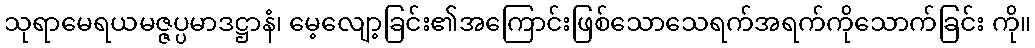
သုရာမေရယမဇ္ဇပ္ပမာဒဋ္ဌာနံ၊ မေ့လျော့ခြင်း၏အကြောင်းဖြစ်သောသေရက်အရက်ကိုသောက်ခြင်း ကို။